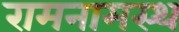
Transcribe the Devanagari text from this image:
रामनामस्थ